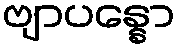
ဗျာပန္နော